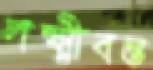
লক্ষ্মীবন্ত